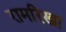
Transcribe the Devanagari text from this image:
रामरिखा